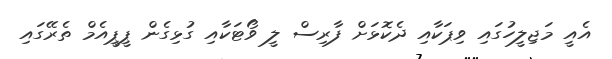
އެއީ މަޖިލީހުގައި ވިޕަކާއި ދެކޮޅަށް ފާރިސް ލީ ވޯޓަކާއި ގުޅިގެން ޕީޕީއެމް ތެރޭގައި